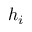
\boldsymbol { h } _ { i }